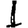
Digit: 1